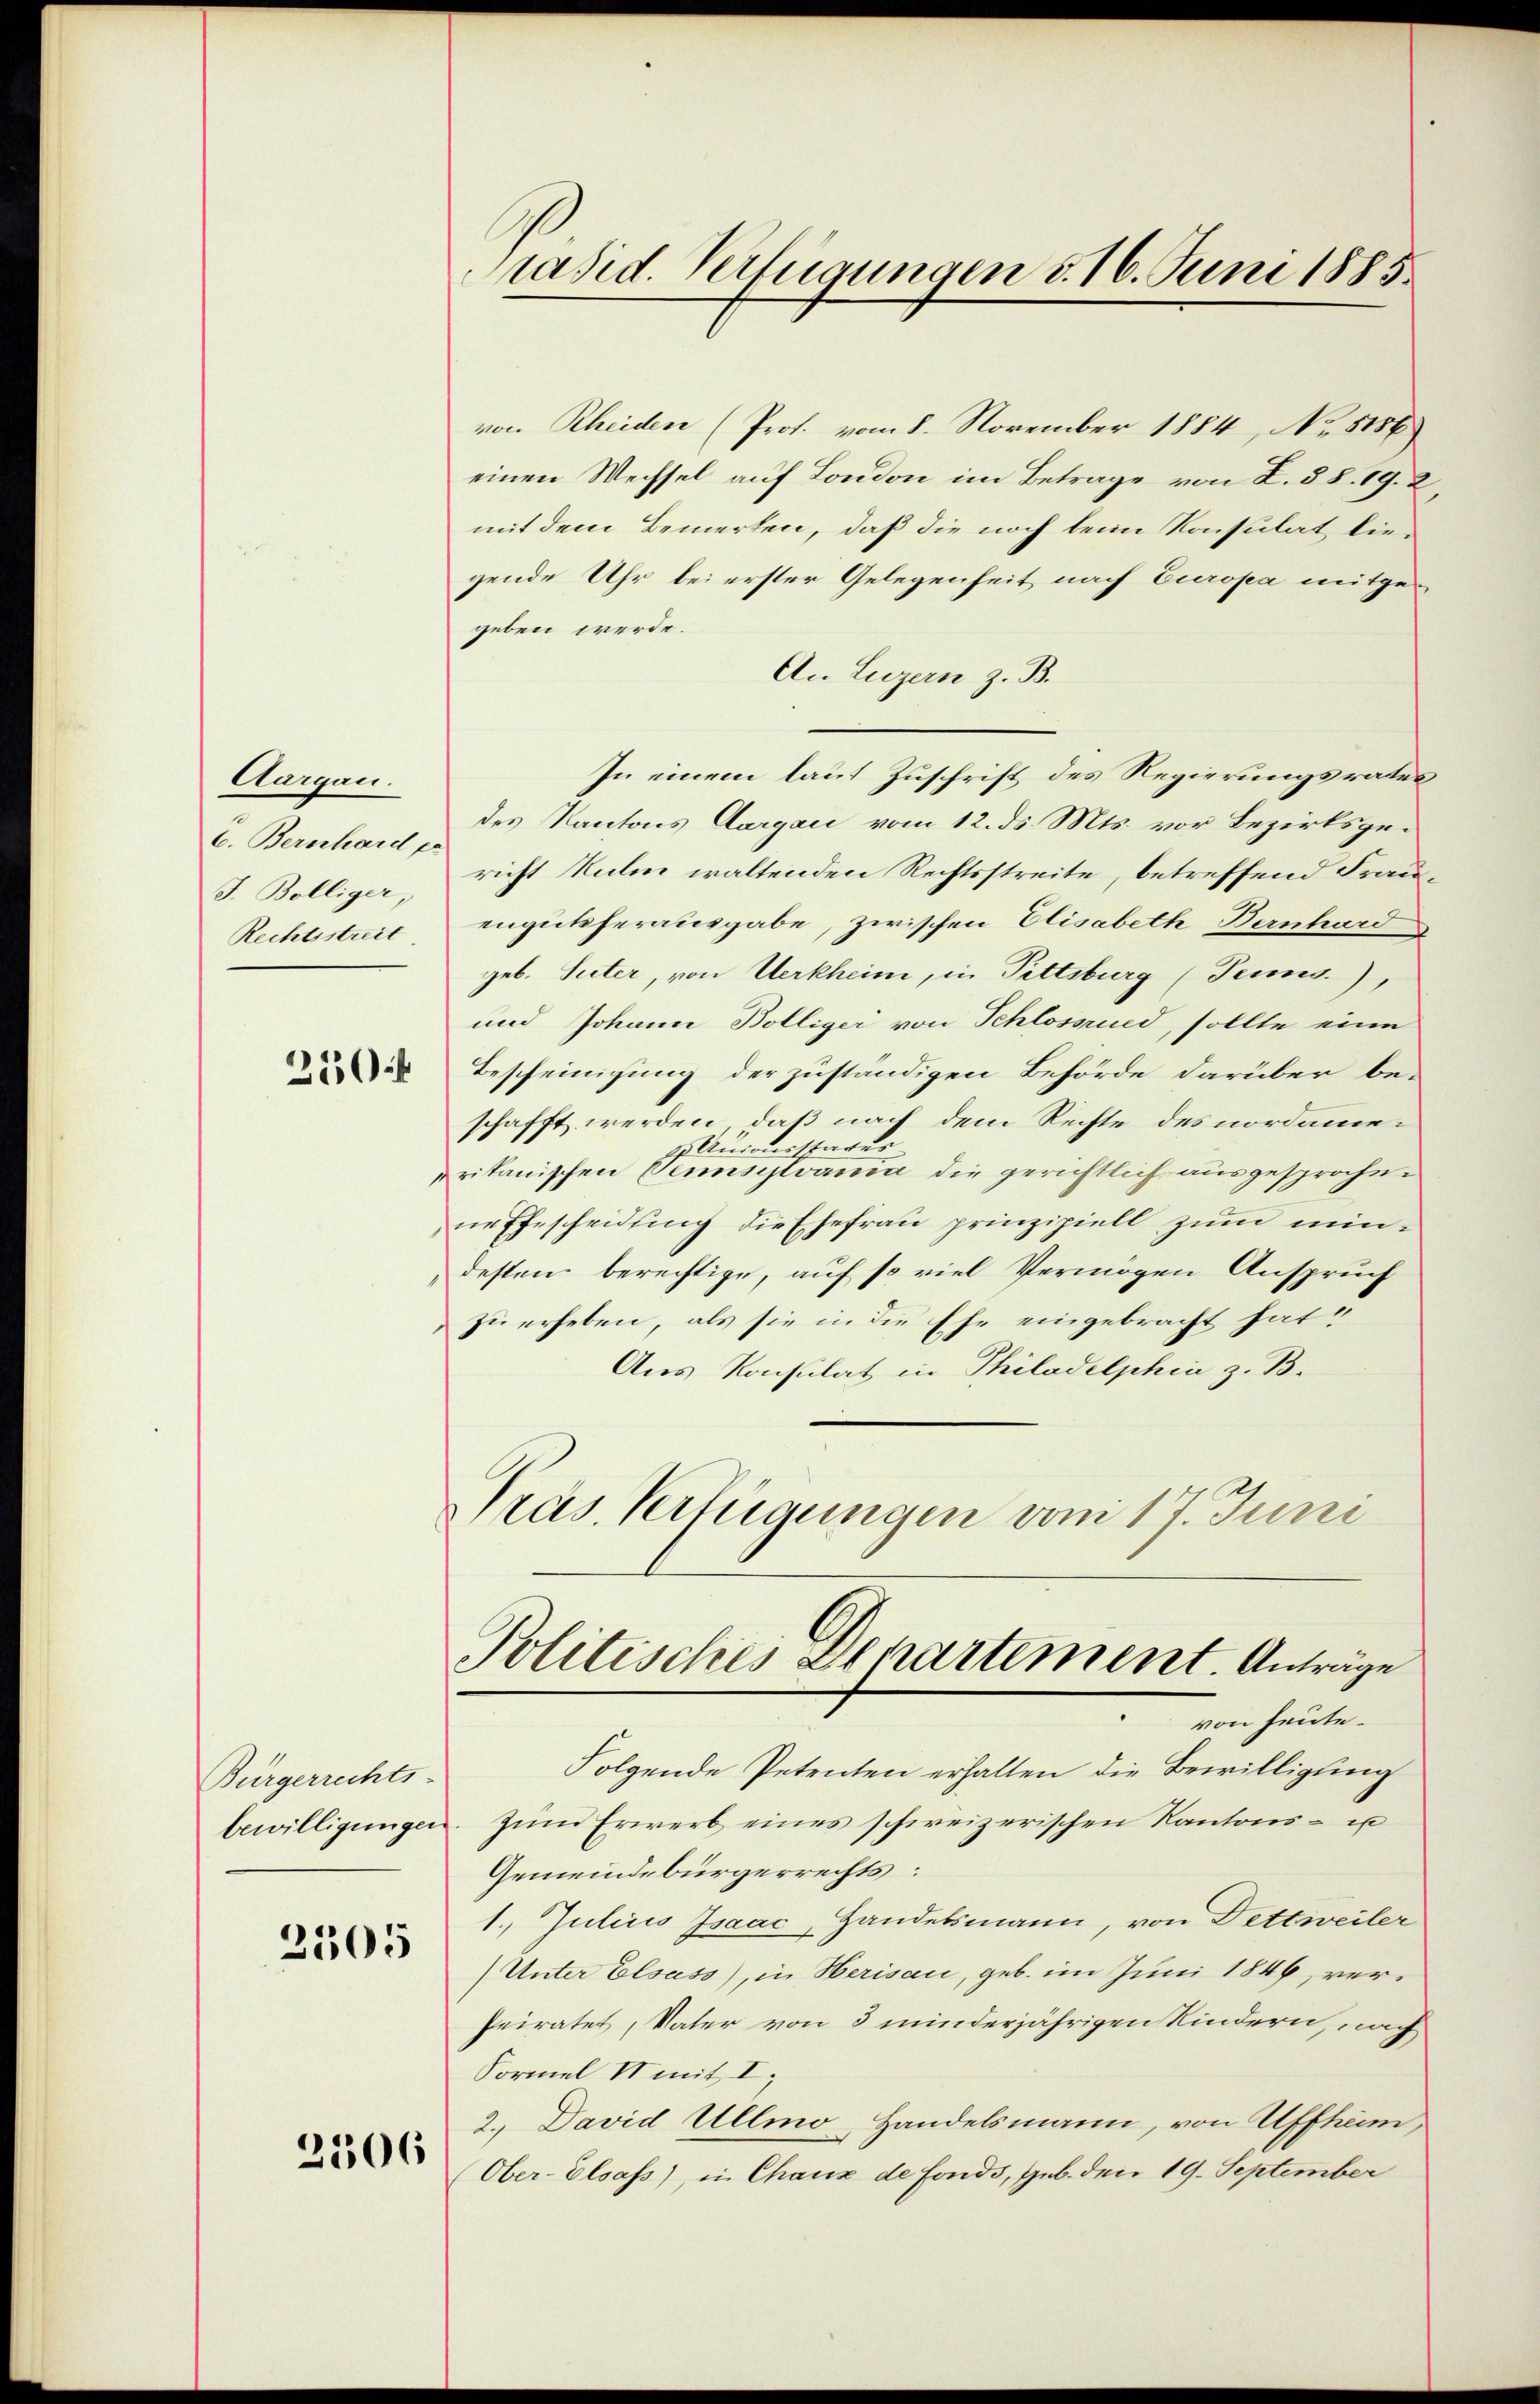
Aargau.
6. Bernhard pr
Rechtsstreit

250

Bürgerrechts-
bewilligungen

2305

2506

von Rheiden (Prof. vom 8. November 1884, No 1156
einen Wechsel auf London im Betrage von I. § 8. 19. 2,
mit dem Bemerken, daß die noch beim Konsulat liegende Uhr bei erster Gelegenheit nach Europa mitgegeben werde.
An Luzern z. B.
In einem laut Zuschrift des Regierungsrates
des Kantons Aargau vom 12. ds. Mts. vor Bezirksge¬
J. Bolliger, richt Kulm waltenden Rechtsstreite, betreffend Frauengutsherausgabe, zwischen Elisabeth Bernhard
geb. Suter, von Uerkheim, in Pittsburg (Tennes.),
und Johann Bolliger von Schlossued, sollte eine
Bescheinigung der zuständigen Behörde darüber beschafft werden, daß nach dem Rechte des nordame¬
& Unionistares
rikanischen Pensistranda die gerichtlich ausgesprochene Ehescheidling die Ehefrau prinzipiell zum mindesten berechtige, auf so viel Vermögen Anspruch
zu erheben, als sie in die Ehe eingebracht hat,
Aus Konsulat in Philadelphia z. B.
Präs. Verfügungen vom 17. Juni

Präsid. Verfügungen d. 16. Juni 1885.

Politisches Departement. Anträge
von heute.

Folgende Petenten erhalten die Bewilligung
zŭm Erwerb eines schweizerischen Kantons- un
Gemeindebürgerrechts:
1. Julius Isaac, Handelsmann, von Dettweiler
(Unter Elsass), in Herisau, geb. im Juni 1846, verheiratet, Vater von 3 minderjährigen Kindern, nach
Formel II mit I
2. David Ullmo, Handelsmann, von Uffheim,
Ober-Elsass), in Chaux de Fonds, geb. den 19. September